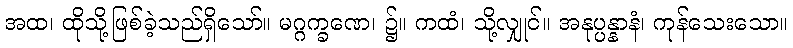
အထ၊ ထိုသို့ဖြစ်ခဲ့သည်ရှိသော်။ မဂ္ဂက္ခဏေ၊ ၌။ ကထံ၊ သို့လျှုင်။ အနုပ္ပန္နာနံ၊ ကုန်သေးသော။